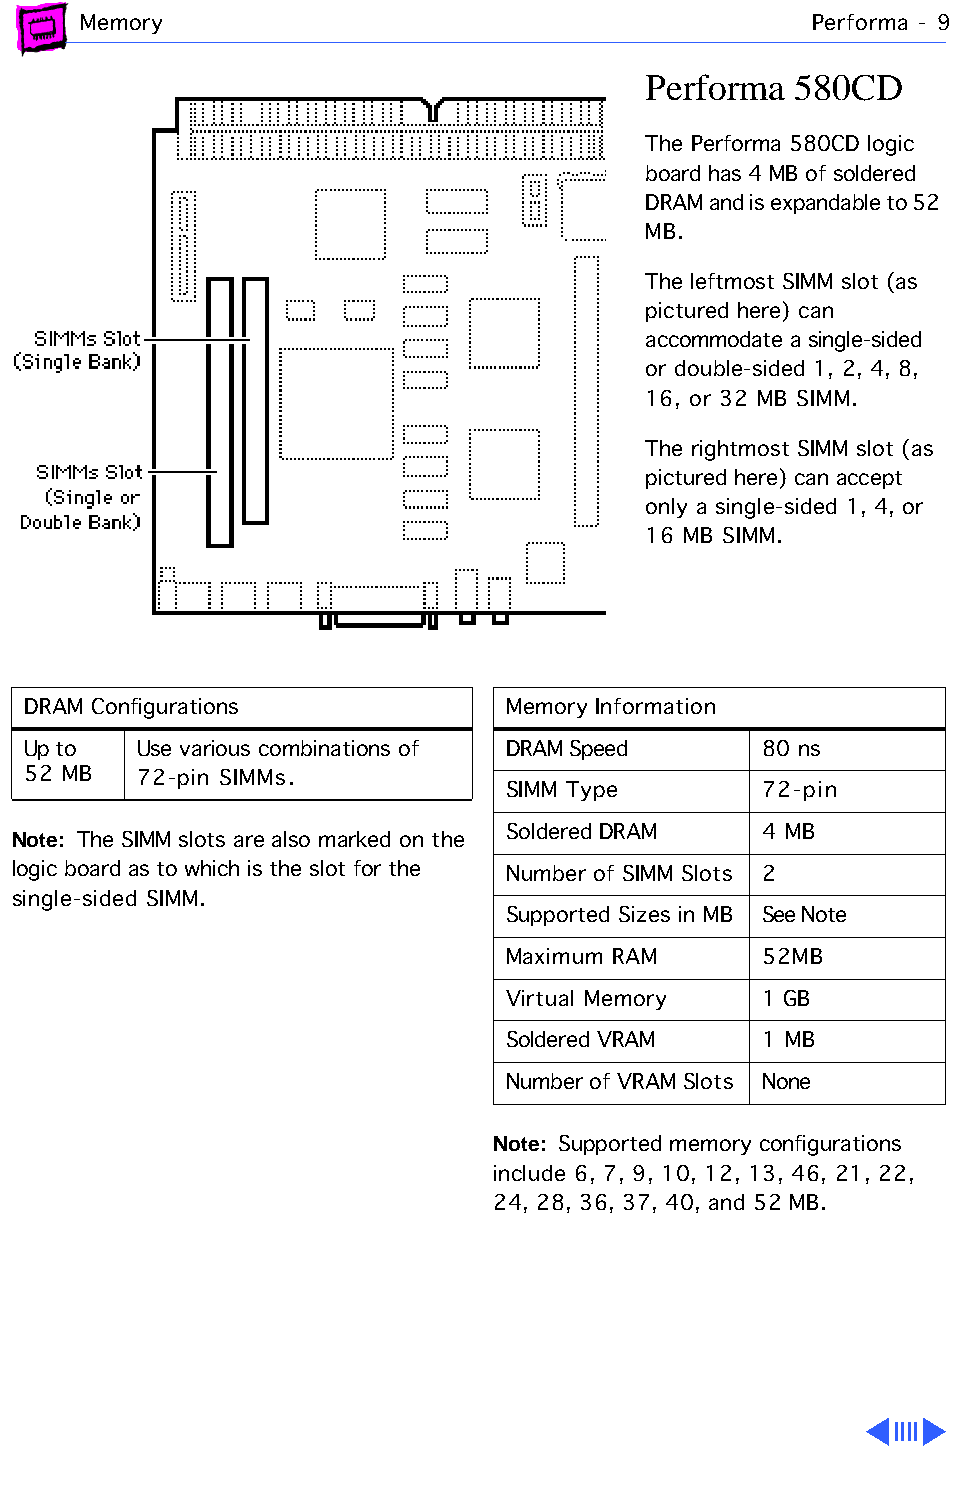
Memory                                          Performa - 9
 Performa  580CD
 The Performa 580CD logic
 board has 4 MB of soldered
 DRAM and is expandable to 52
 MB.
 The leftmost SIMM slot (as
 pictured here) can
 accommodate a single-sided
 or double-sided 1, 2, 4, 8,
 16, or 32 MB SIMM.
 The rightmost SIMM slot (as
 pictured here) can accept
 only a single-sided 1, 4, or
 16 MB SIMM.
 DRAM Configurations             Memory Information
 Up to   Use various combinations of DRAM Speed   80 ns
 52 MB   72-pin SIMMs.
 SIMM Type        72-pin
 Note: The SIMM slots are also marked on the Soldered DRAM 4 MB
 logic board as to which is the slot for the Number of SIMM Slots 2
 single-sided SIMM.
 Supported Sizes in MB See Note
 Maximum RAM      52MB
 Virtual Memory   1 GB
 Soldered VRAM    1 MB
 Number of VRAM Slots None
 Note: Supported memory configurations
 include 6, 7, 9, 10, 12, 13, 46, 21, 22,
 24, 28, 36, 37, 40, and 52 MB.